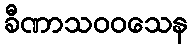
ခီဏာသဝဝသေန